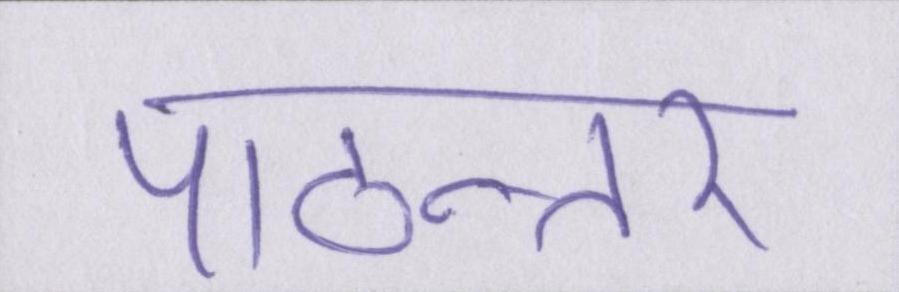
पाठान्तर